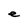
Character: e